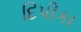
દિપીકા